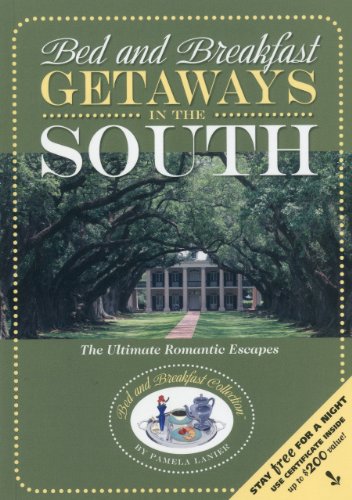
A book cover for Bed and Breakfast Getaways--in the South (Bed and Breakfast Guides); Pamela Lanier; Travel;